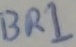
Text: BR1